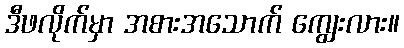
ဒီဖလိုက်မှာ အစားအသောက် ကျွေးလား။